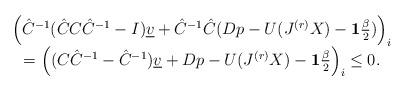
LaTeX: \begin{align*} \begin{array}{cc} \Big(\hat{C}^{-1} (\hat{C}C\hat{C}^{-1}-I)\underline{v} + \hat{C}^{-1} \hat{C}(Dp - U(J^{(r)}X) - \mathbf{1}\frac{\beta}{2}) \Big)_i \\ =\Big( (C\hat{C}^{-1}-\hat{C}^{-1})\underline{v} + Dp - U(J^{(r)}X) - \mathbf{1}\frac{\beta}{2} \Big)_i\leq 0. \end{array} \end{align*}